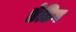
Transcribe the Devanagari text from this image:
ब्रेडिग